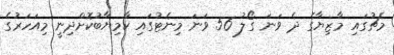
މެޗުގައި މާޒިޔާގެ ދެ ވަނަ ގޯލު 56 ވަނަ މިނެޓުގައި ކާމިޔާބުކޮށްދިނީ މިއަހަރުގެ